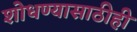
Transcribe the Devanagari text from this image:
शोधण्यासाठीही